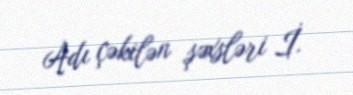
Adı çəkilən şəxsləri İ.